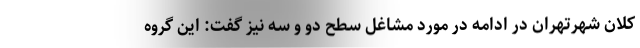
کلان شهرتهران در ادامه در مورد مشاغل سطح دو و سه نیز گفت: این گروه